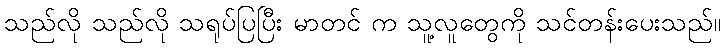
သည်လို သည်လို သရုပ်ပြပြီး မာတင် က သူ့လူတွေကို သင်တန်းပေးသည်။